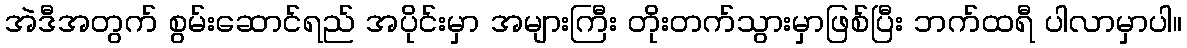
အဲဒီအတွက် စွမ်းဆောင်ရည် အပိုင်းမှာ အများကြီး တိုးတက်သွားမှာဖြစ်ပြီး ဘက်ထရီ ပါလာမှာပါ။